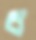
ব